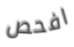
افحص